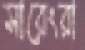
সারেংরা